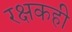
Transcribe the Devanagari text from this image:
रक्षकही